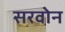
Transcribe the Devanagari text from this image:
सरवोन